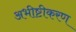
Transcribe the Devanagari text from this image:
अभीष्टीकरण